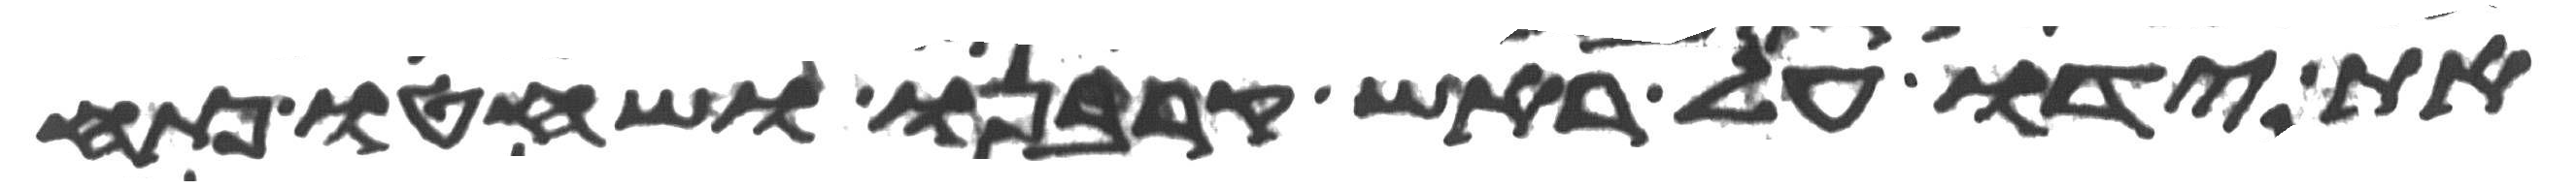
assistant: את ידו על ראש קרבנו ושחטו פתח